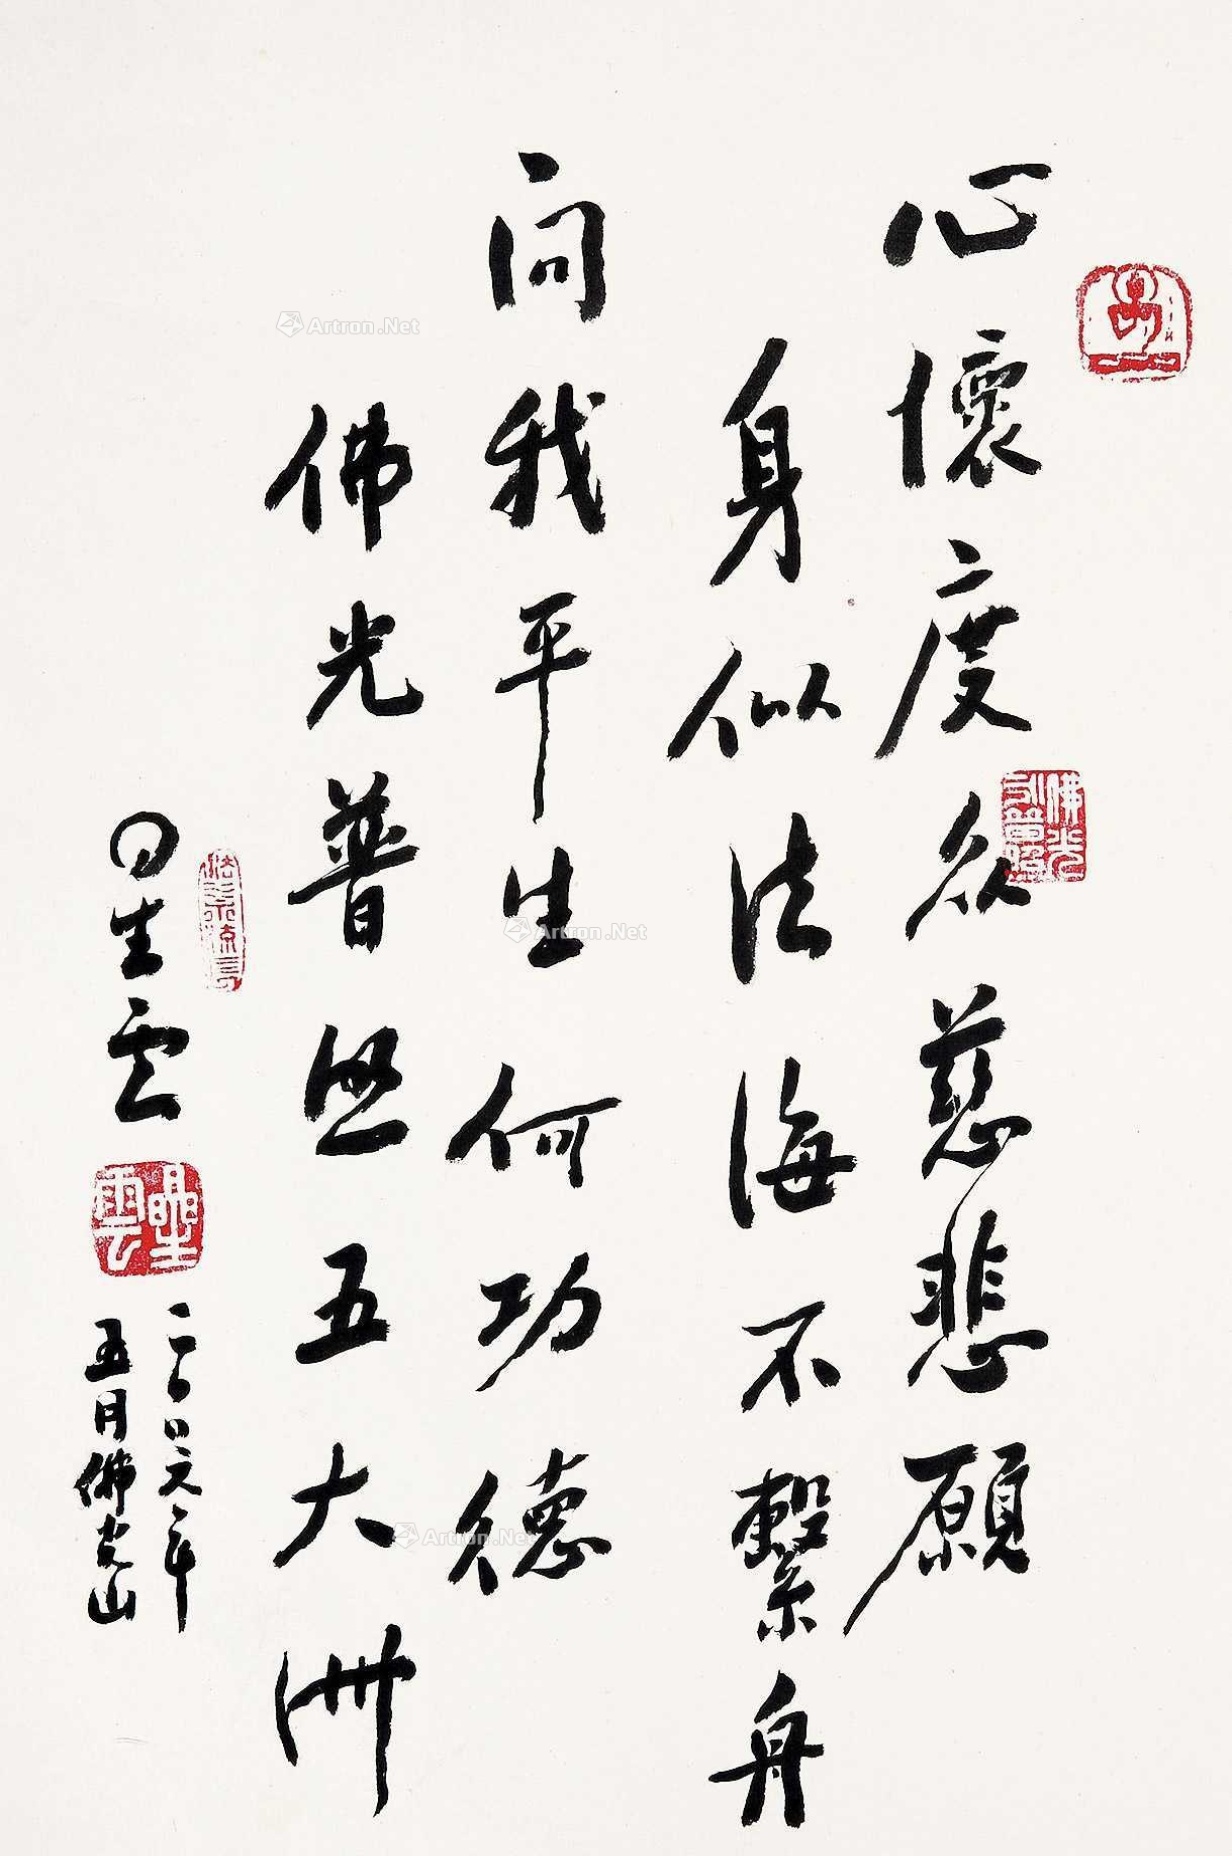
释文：心怀度众慈悲愿，身似法海不系舟。问我平生何功德，佛光普照五大洲。星云，二00六年，五月佛光山。